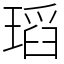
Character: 瑫